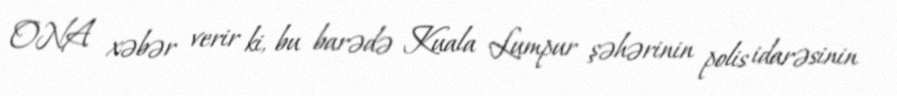
ONA xəbər verir ki, bu barədə Kuala Lumpur şəhərinin polis idarəsinin